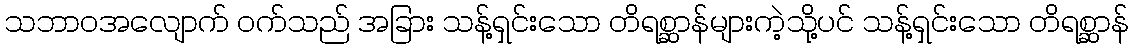
သဘာဝအလျောက် ဝက်သည် အခြား သန့်ရှင်းသော တိရစ္ဆာန်များကဲ့သို့ပင် သန့်ရှင်းသော တိရစ္ဆာန်